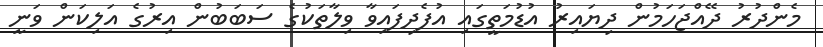
މެންދުރު ދޭއްޖަހަމުން ދިޔައިރު އުޑުމަތީގައި އުފެދިފައިވާ ވިލާތަކުގެ ސަބަބުން އިރުގެ އަލިކަން ވަނީ